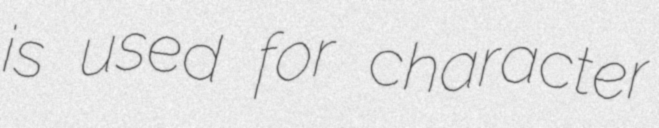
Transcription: is used for character